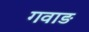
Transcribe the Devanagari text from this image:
गवाड़